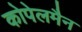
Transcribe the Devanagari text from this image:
कोपेलमैन